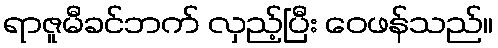
ရာဇူမီခင်ဘက် လှည့်ပြီး ဝေဖန်သည်။